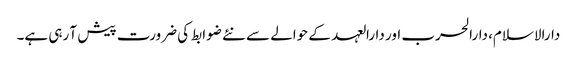
دارالاسلام، دارالحرب اور دارالعہد کے حوالے سے نئے ضوابط کی ضرورت پیش آ رہی ہے۔